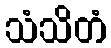
သံသိတံ